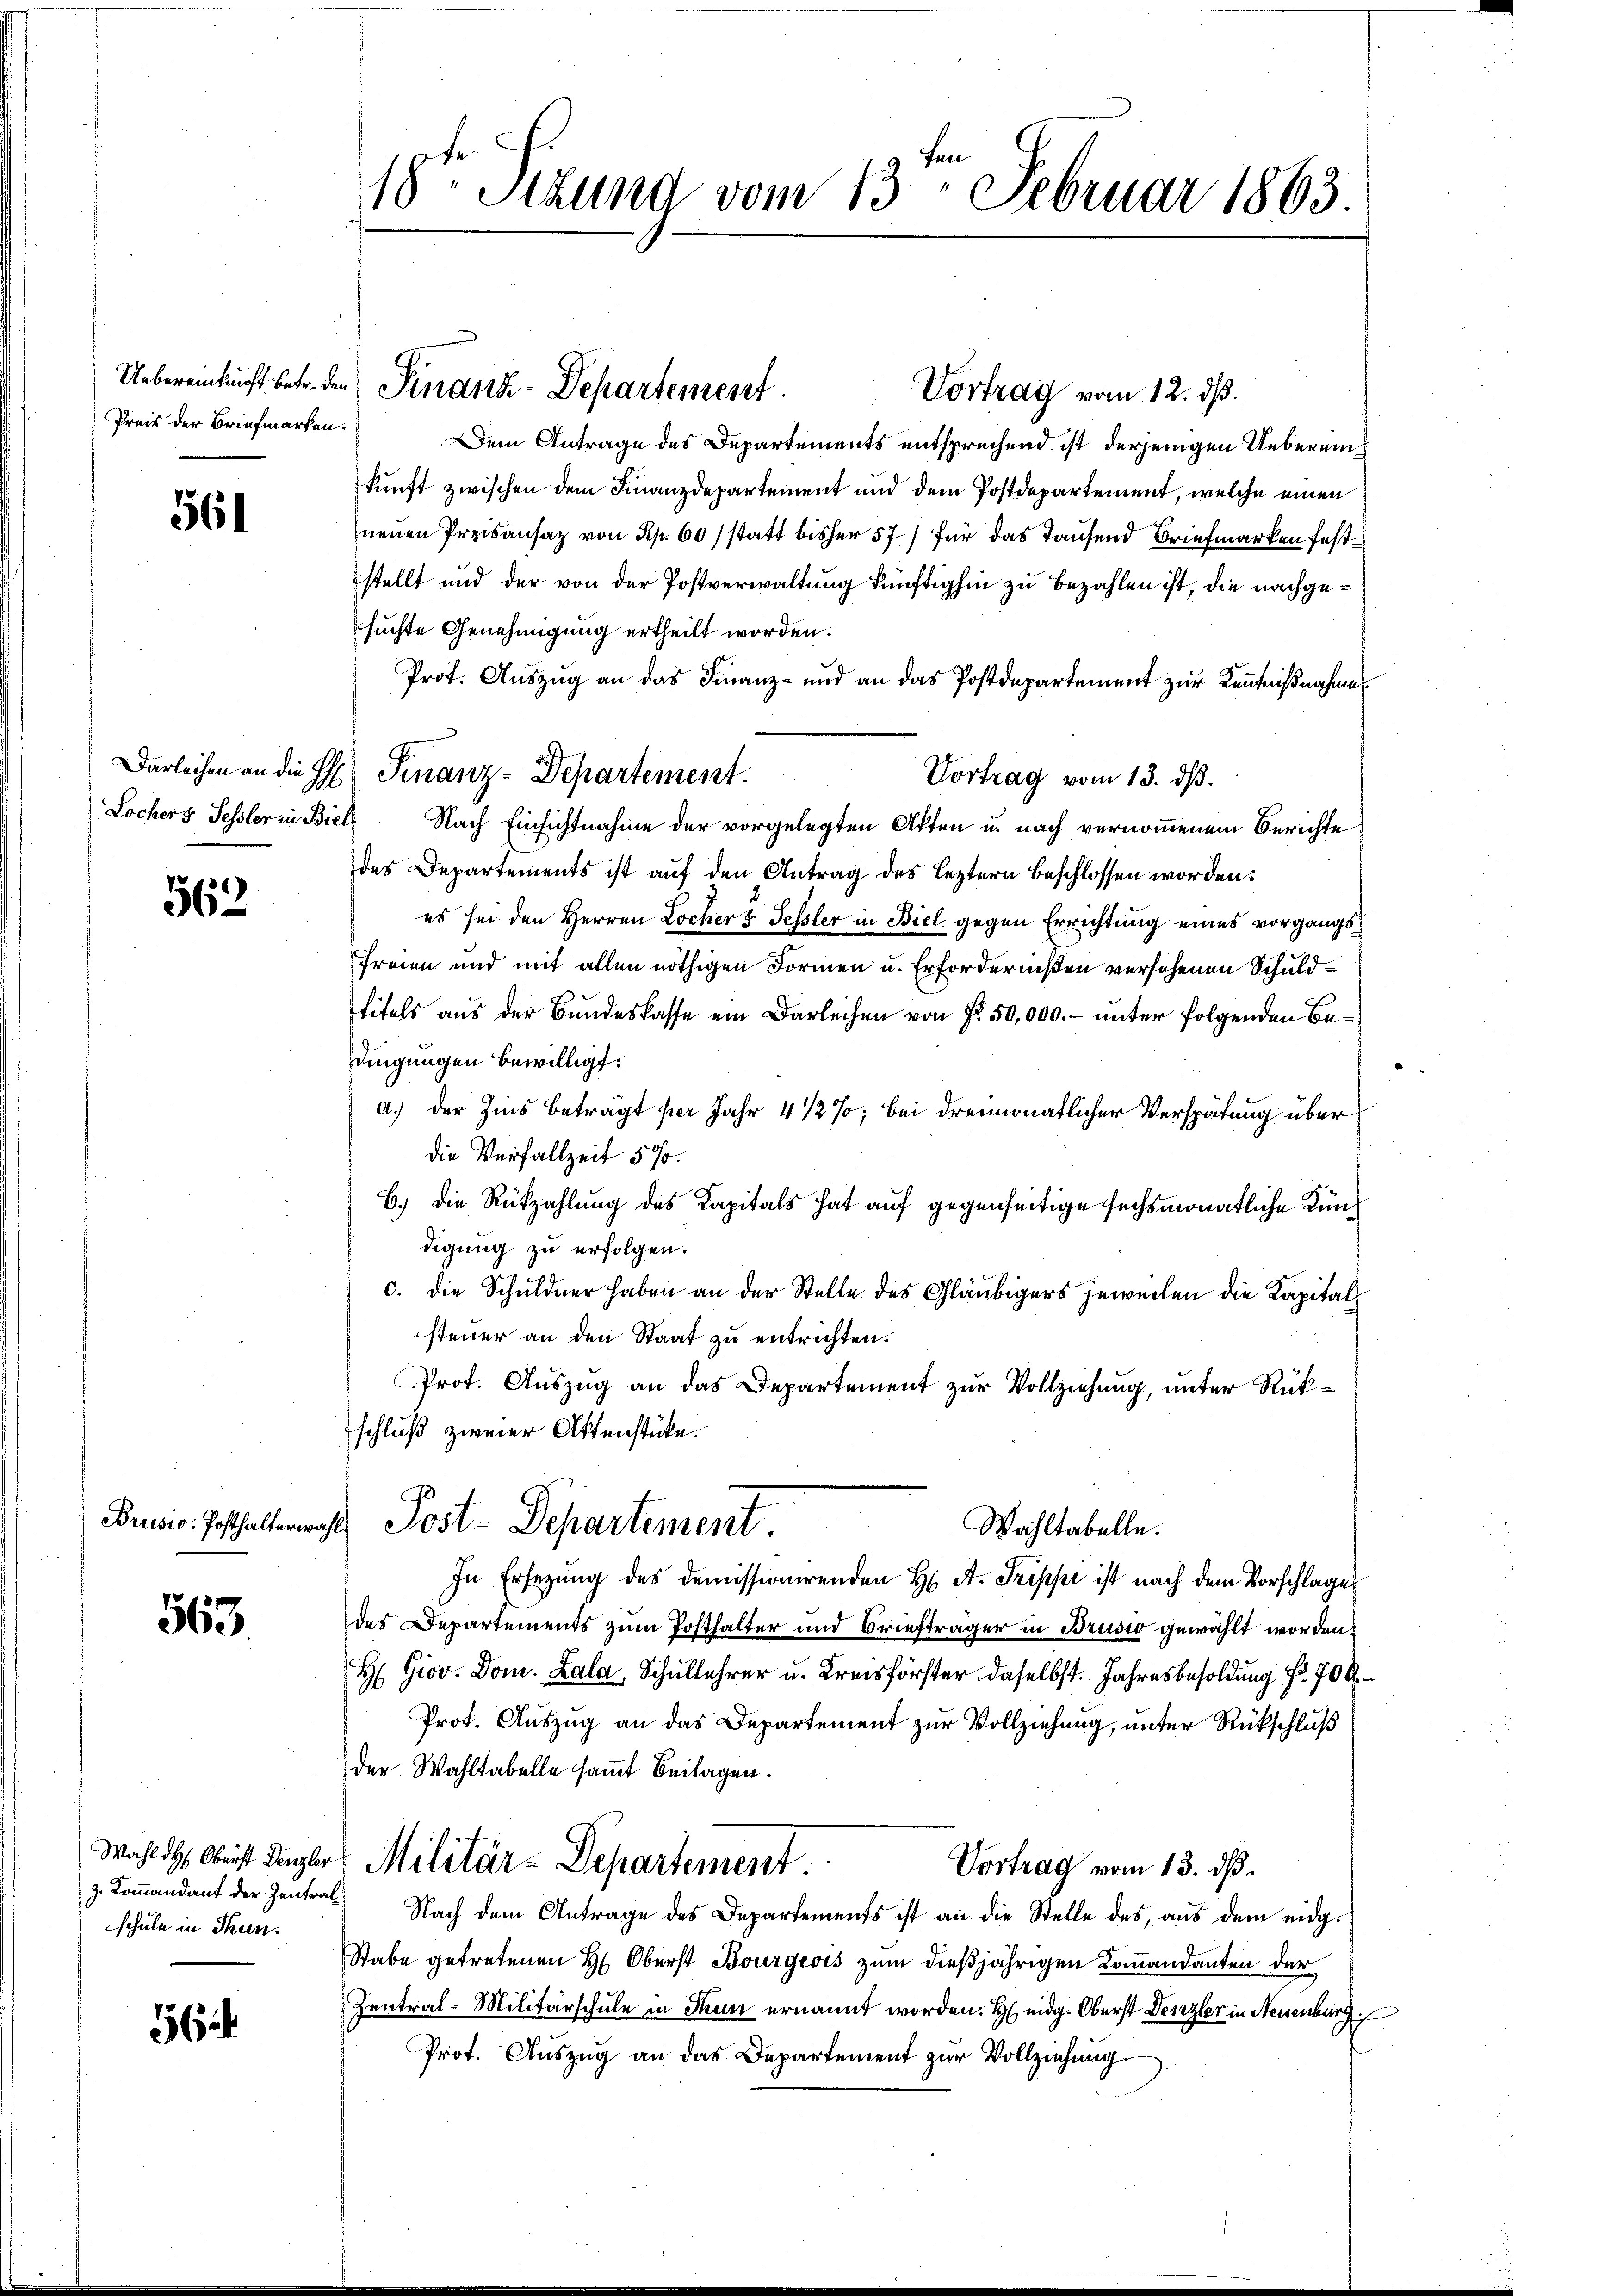
Preis der Briefmarken.

561

Lochers Fessler in Biel

562

Brusio. Posthalterwa

563

schule in Thun¬

56

18ten Sizung vom 13. Februar 1863

Vortrag vom 12. ds.
Dem Antrage des Departements entsprechend ist derjenigen Uebereinkunft zwischen dem Finanzdepartement und dem Postdepartement, welche einen
neuen Preisansatz von Sep. 60 / statt bisher 57) für das Tausend Briefmarken feststellt und der von der Postverwaltung künftighin zu bezahlen ist, die nachgesuchte Genehmigung ertheilt worden.
Prot. Auszug an das Finanz- und an das Postdepartement zur Kenntnißnahmen
Vortrag vom 13. ds.
Nach Einsichtnahme der vorgelegten Akten u. nach vernommenem Berichte
des Departements ist auf den Antrag des leztern beschlossen worden:
es sei den Herren Locher 3. Fessler in Biel gegen Errichtung eines vorgangs
Freien und mit allen nöthigen Formen u. Erfordernißen versehenen Schuldtitels aus der Bundeskasse ein Darleihen von f. 50,000.- unter folgenden Bedingungen bewilligt.
a.) der Zins beträgt per Jahr 4 1/2%; bei dreimonatlicher Verspätung überdie Verfallzeit 570.
6.) Die Rückzahlung des Kapitals hat auf gegenseitige sechsmonatliche Kündigung zu erfolgen.
c. die Schuldner haben an der Stelle des Gläubigers jeweilen die Kapital
steuer an den Staat zu entrichten.
Prot. Auszug an das Departement zur Vollziehung, unter Rükschluß zweier Aktenstücke.
i
Post-Departement.
Wahltabelle.
In Ersezung des demissionirenden H. A. Trippe ist nach dem Vorschlage
des Departements zum Posthalter und Briefträger in Brusio gewählt worden,
H Giov. Dom. Lala, Schullehrer u. Kreisförster, daselbst. Jahresbesoldung Nr. 70 R
Prot. Auszug an das Departement zur Vollziehung, unter Rückschluß
der Wahltabelle samt Beilagen.
Wahl des Obrist Kanzler Militär-Departement.
Vortrag vom 13. ds.
z. Koṁandant der Zentral. Nach dem Antrage des Departements ist an die Stelle des aŭs dem eidg.
Stabe getretenen H. Oberst Bourgeois zum dießjährigen Kommandanten der
Zentral-Militärschule in Thun ernannt worden. H. eidg. Oberst Denzler in Neuenburg
Prot. Auszug an das Departement zur Vollziehung

Uebereinkunft betr. den Finanz-Departement.

Darleihen an die H. Finanz-Departement.